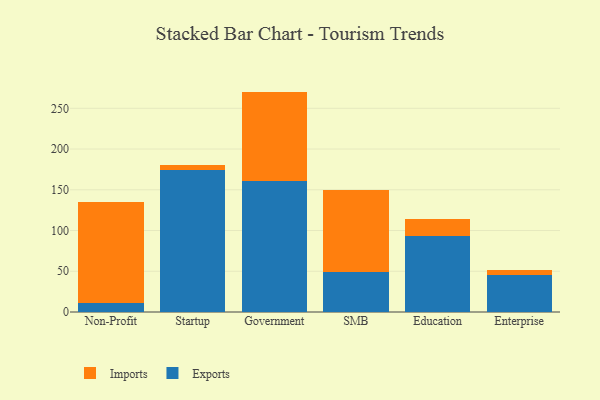
{"axis": {"x": "Segment", "y": "Shipments"}, "legend": ["Exports", "Imports"], "data": [{"x": "Non-Profit", "y": 10.6, "type": "Exports"}, {"x": "Non-Profit", "y": 124.1, "type": "Imports"}, {"x": "Startup", "y": 173.7, "type": "Exports"}, {"x": "Startup", "y": 7.2, "type": "Imports"}, {"x": "Government", "y": 160.2, "type": "Exports"}, {"x": "Government", "y": 110.3, "type": "Imports"}, {"x": "SMB", "y": 48.6, "type": "Exports"}, {"x": "SMB", "y": 101.4, "type": "Imports"}, {"x": "Education", "y": 92.9, "type": "Exports"}, {"x": "Education", "y": 21.5, "type": "Imports"}, {"x": "Enterprise", "y": 45.2, "type": "Exports"}, {"x": "Enterprise", "y": 6.6, "type": "Imports"}]}